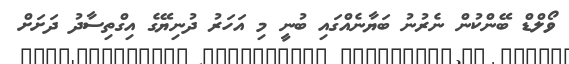
ވޯލްޑް ބޭންކުން ނެރުނު ބަޔާނެއްގައި ބުނީ މި އަހަރު ދުނިޔޭގެ އިގްތިސާދު ދަށަށް